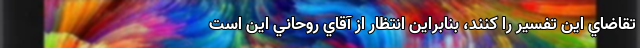
تقاضاي اين تفسير را کنند، بنابراين انتظار از آقاي‌ روحاني اين است